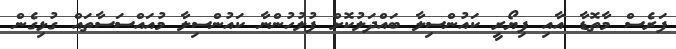
ފަރެސް މާތޮޑާ އާއި ފިޔޯރީ ކައުންސިލާ ބައްދަލުކޮށް ފުލުހުންނާ ކައުންސިލާ މުއައްސަސާތައް ގުޅިގެން